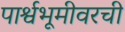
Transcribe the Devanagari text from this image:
पार्श्वभूमीवरची